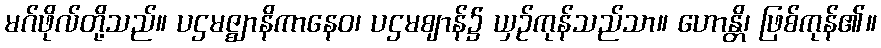
မဂ်ဖိုလ်တို့သည်။ ပဌမဇ္ဈာနိကာနေဝ၊ ပဌမဈာန်၌ ယှဉ်ကုန်သည်သာ။ ဟောန္တိ၊ ဖြစ်ကုန်၏။